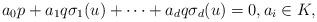
LaTeX: \begin{align*}a_0 p+a_1q\sigma_1(u)+\cdots+a_d q \sigma_d(u)=0,a_i\in K,\end{align*}